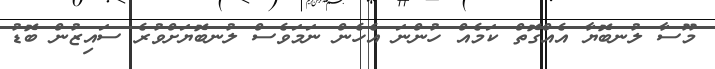
މޫސާ ލުނބޮޔާ އެއްގޮތް ކަމެއް ހުންނަ އެހެން ނަމަވެސް ލުނބޮޔަށްވުރެ ސައިޒުން ބޮޑު